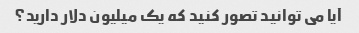
آیا می توانید تصور کنید که یک میلیون دلار دارید؟